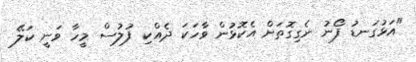
"އަޅުގަނޑު ފޯނު ނެގިގޮތަށް އެކޮޅުން ވާހަކަ ދެއްކި ފުލުސް މީހާ ވަނީ ކަލޭ